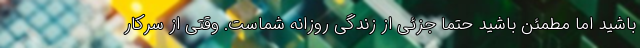
باشید اما مطمئن باشید حتما جزئی از زندگی روزانه شماست. وقتی از سرکار